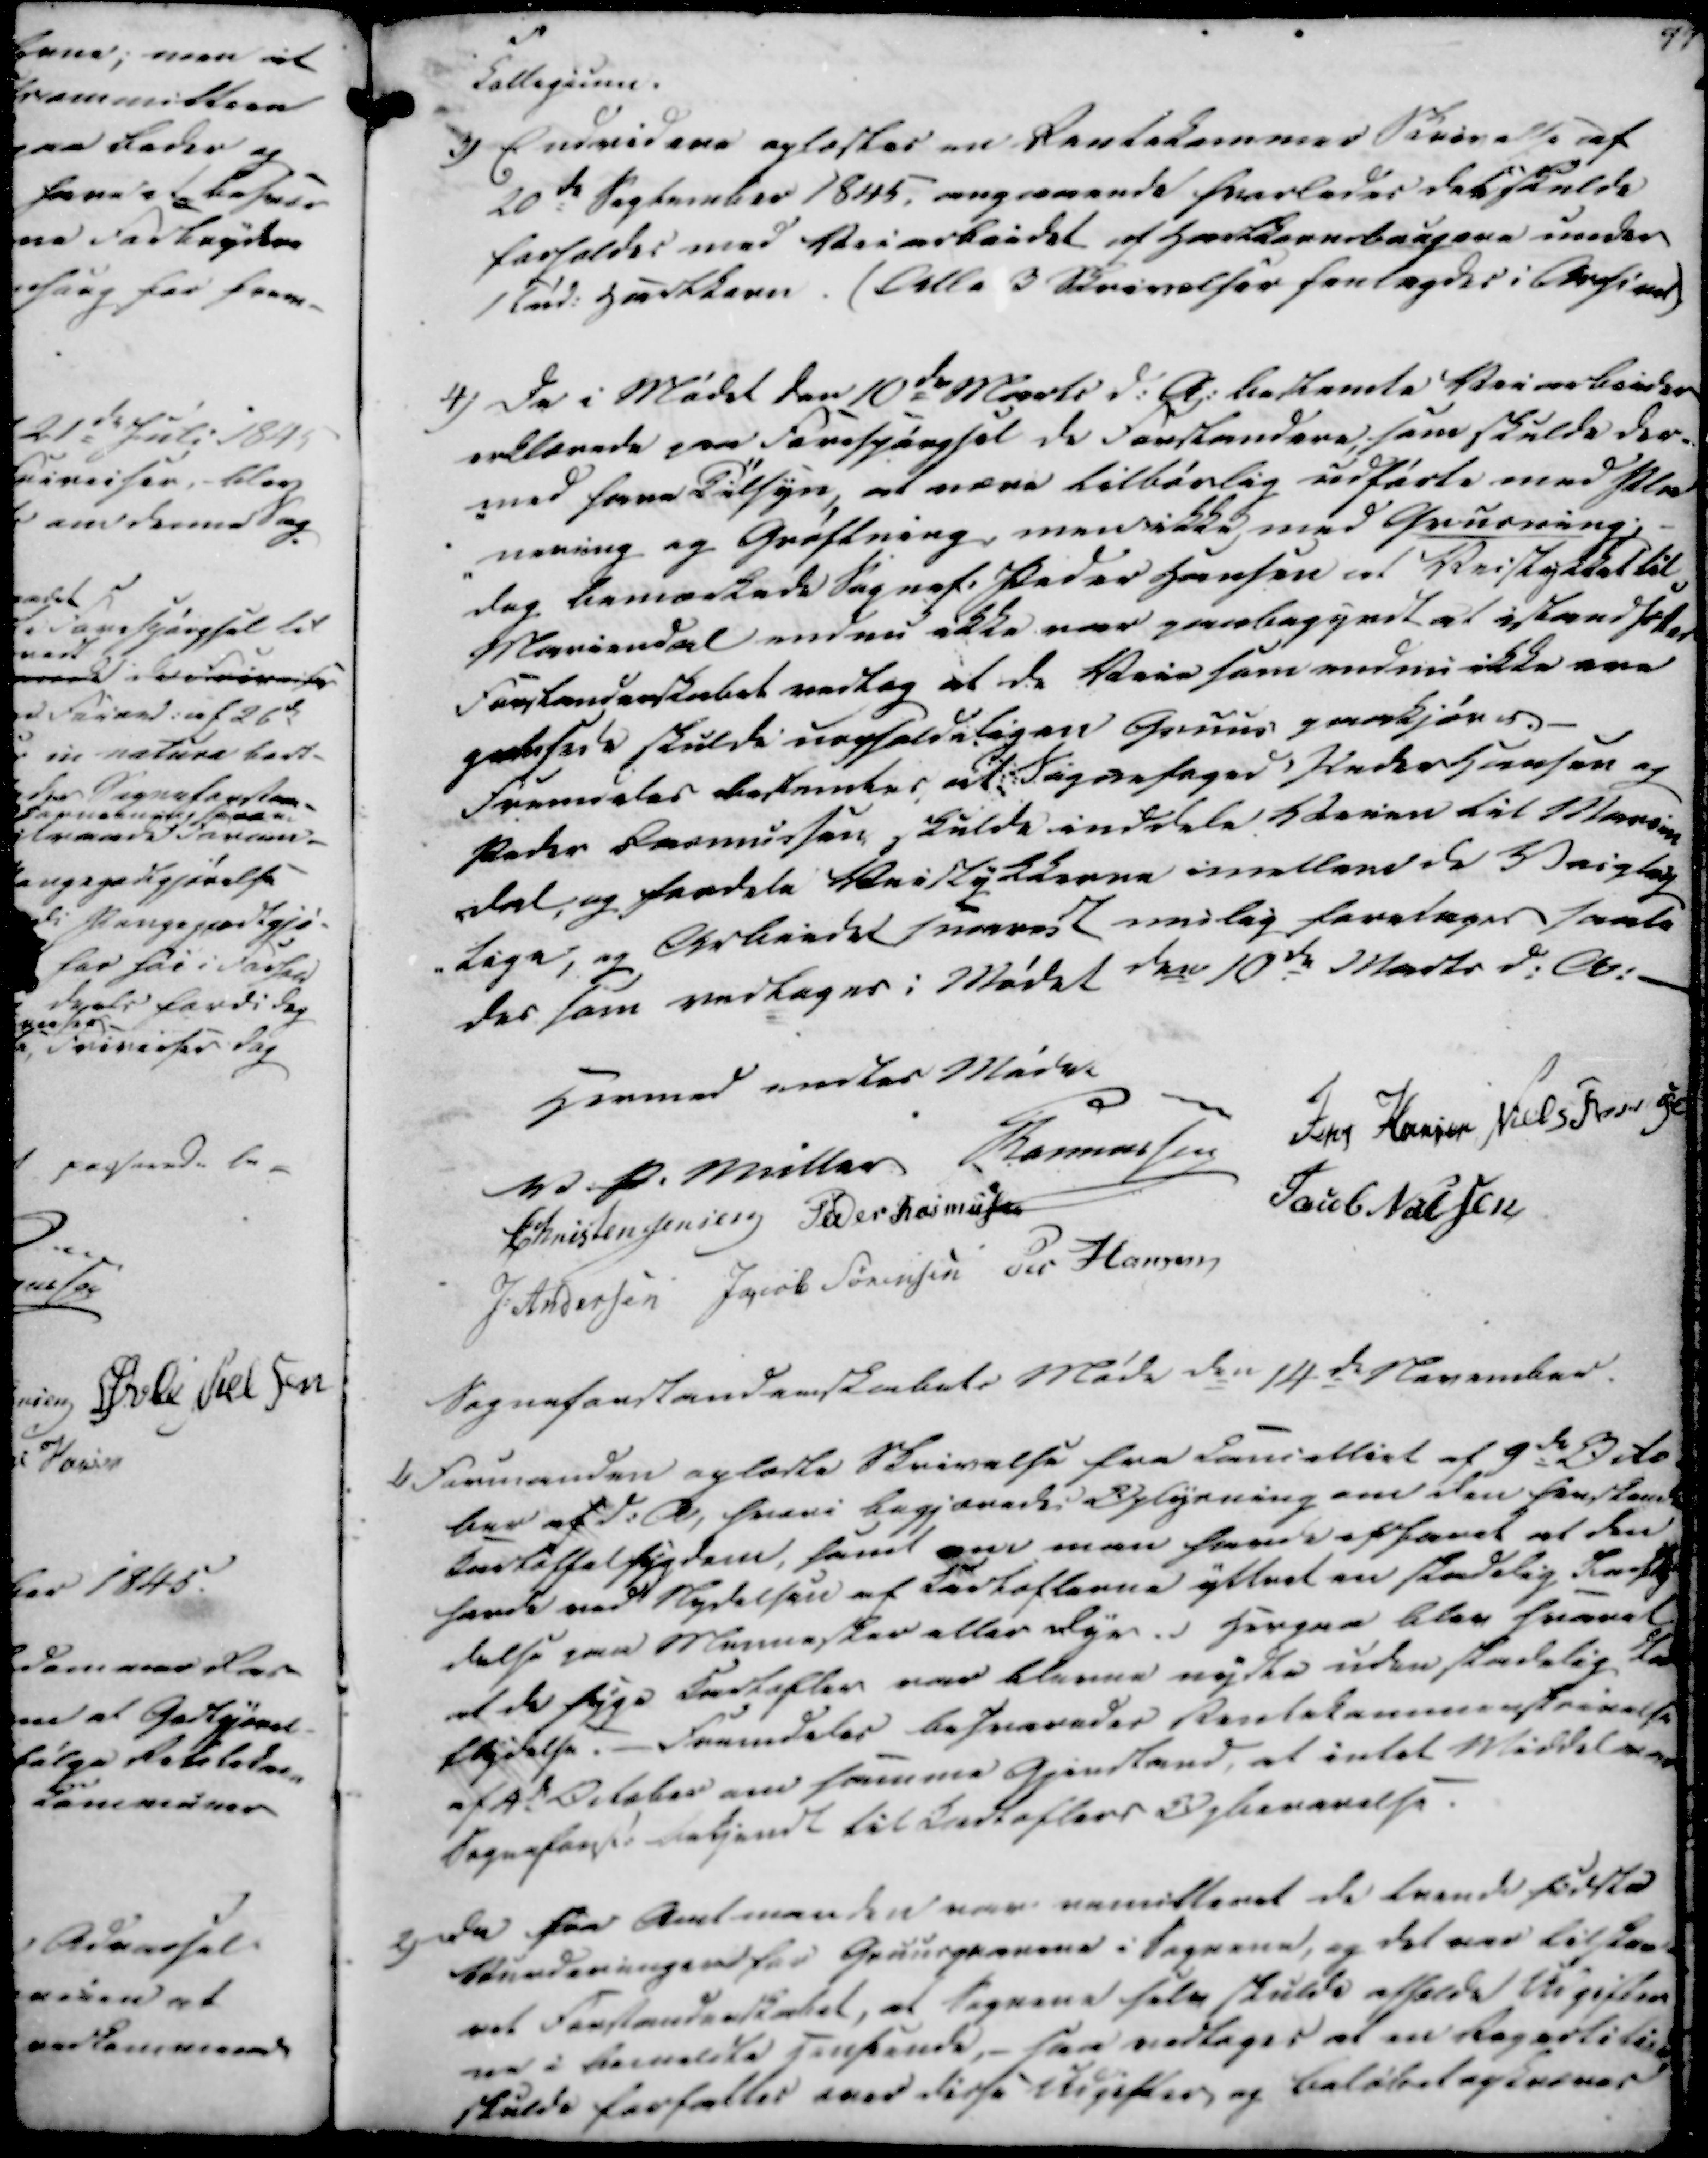
Transskription:
Collegium.

3)

Endvidere oplæstes en Rentekammer Skrivelse af
20de September 1845, angaaende hvorledes det skulde
forholdes med Veiarbeidet af Hartkornsbaagere under
1 Tnd. Hartkorn. (Alle 3 Skrivelser henlagdes i Arkivet)

4)

De i Mødet den 10de Marts d.A. bestemte Veiarbeider
erklærede paa Forespørgsel de Forstandere som skulde der-
-med have Tilsyn, at være tilbørlig udførte med Pla
-nering og Grøftning, men ikke med Grusning; -
dog bemærkede Sognef. Peder Hansen at Veistykket til
Mariendal endnu ikke var paabegyndt at istandsætes
Forstanderskabet vedtog at de Veie som endnu ikke ere
gruusede skulde uopholdeligen Gruus paakjøres.
Fremdeles bestemtes at Sognefoged Peder Hansen og
Peder Rasmussen skulde inddele Veien til Marien
-dal, og foadele Veistykkerne imellem de Veigtag
-lige, og Arbeidet snarest mulig foretages samti
des som vedtages i Mødet den 10de Marts d.A.

Hermed endtes Mødet
V. P. Müller
Rasmussen
Jens Hansen
Niels Hansen
Christen Jensen
Peder Rasmussen
Jacob Nielsen
J. Andersen
Jacob Sørensen
Per Hansen

Sogneforstanderskabets Møde den 14de November.

1/

Formanden oplæste Skrivelse fra Cancielliet af 9de Octo
ber af d.A, hvori begjærede Oplysning om den forstend
kartoffelsygdom, samt om man havde afhavet at den
havde ved Nydelsen af Kartoflerne yttret en skadelig Infly
delse paa Mennesker eller Dyr. Herpaa blev svaret
at de syge Kartofler var blevne nydte uden skadelig Ind
flydelse. - Fremdeles besvaredes Rentekammerskrivelse
af 4de October om samme Gjenstand, at intet Middel vere
Sogneforst. bekjendt til Kartoflers Opbevarelse.

2)

Da fra Amtmanden var remitteret de tvende sidste
Vurderinger for Gruusgravene i Sognene, og det var tilstaa
ret Forstanderskabet, at Sognene selv skulde afholde Udgifter
ne i bemeldte hensende, - saa vedtoges at en Repartition
skulde forfattes over disse Udgifter og beløbet opkræves